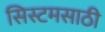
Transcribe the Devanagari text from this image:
सिस्टमसाठी